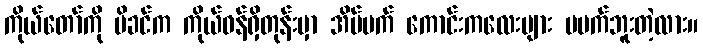
ကိုယ်တော်ကို မိခင်က ကိုယ်ဝန်ရှိတုန်းမှာ အိပ်မက် ကောင်းကလေးများ မမက်ဘူးတဲ့လား။